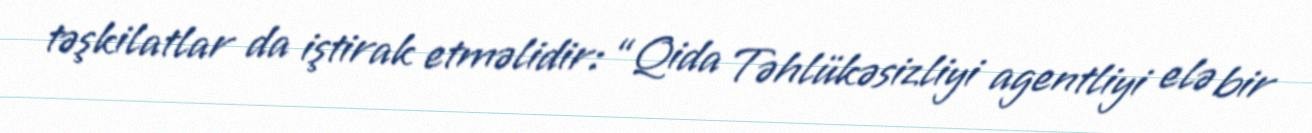
təşkilatlar da iştirak etməlidir: “Qida Təhlükəsizliyi agentliyi elə bir